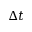
\Delta t